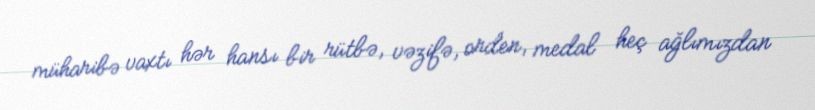
müharibə vaxtı hər hansı bir rütbə, vəzifə, orden, medal heç ağlımızdan